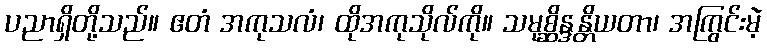
ပညာရှိတို့သည်။ ဧတံ အကုသလံ၊ ထိုအကုသိုလ်ကို။ သမုစ္ဆိန္ဒန္တိယတာ၊ အကြွင်းမဲ့